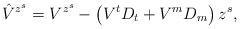
LaTeX: \begin{align*}\hat{V}^{z^s}=V^{z^s}-\left(V^tD_t+V^mD_m\right)z^s, \end{align*}